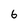
Character: 6